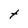
Character: t